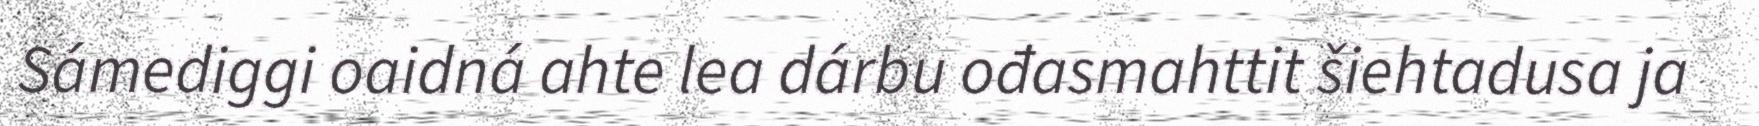
Sámediggi oaidná ahte lea dárbu ođasmahttit šiehtadusa ja